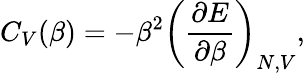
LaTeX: C_{V}(\beta)=-\beta^{2}\left(\frac{\partial E}{\partial\beta}\right)_{N,V},